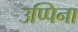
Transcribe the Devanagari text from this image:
उप्पिना